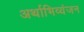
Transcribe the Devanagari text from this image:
अर्थाभिव्यंजन